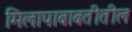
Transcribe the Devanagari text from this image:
मिलापाबाबतीतील